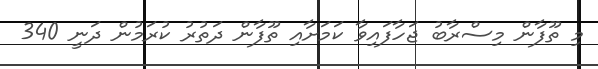
މި ތޫފާން މިސްރާބު ޖަހާފައިވާ ކަމަށާއި ތޫފާން ދަތުރު ކުރަމުން ދަނީ 340